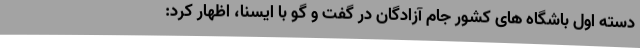
دسته اول باشگاه های کشور جام آزادگان در گفت و گو با ایسنا، اظهار کرد: